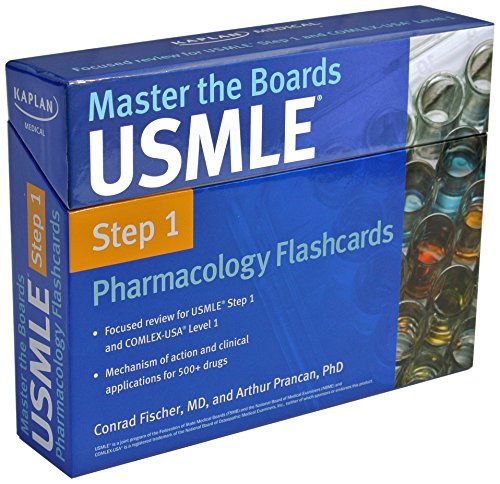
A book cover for Master the Boards USMLE Step 1 Pharmacology Flashcards; Conrad Fischer MD; Test Preparation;